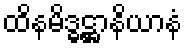
ထိနမိဒ္ဓဋ္ဌာနိယာနံ